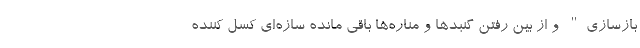
بازسازی" و از بین رفتن گنبدها و مناره‌ها باقی مانده سازه‌ای کسل کننده